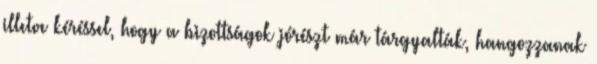
illetve kéréssel, hogy a bizottságok jórészt már tárgyalták, hangozzanak